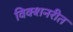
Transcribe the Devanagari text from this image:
विक्शनरीत